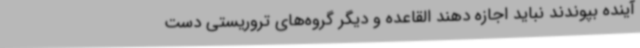
آینده بپوندند نباید اجازه دهند القاعده و دیگر گروه‌های تروریستی دست